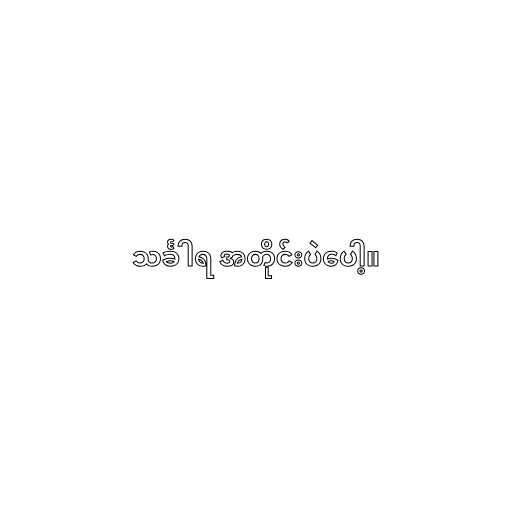
သင်္ခါရ အတိုင်းပဲပေါ့။